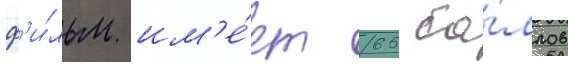
ф'и́льм им'е́ет 65 ба́ллов